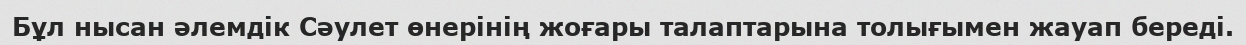
Бұл нысан әлемдік Сәулет өнерінің жоғары талаптарына толығымен жауап береді.